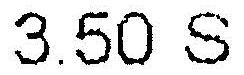
3.50 S